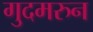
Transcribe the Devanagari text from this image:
गुदमरुन